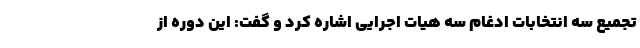
تجمیع سه انتخابات ادغام سه هیات اجرایی اشاره کرد و گفت: این دوره از